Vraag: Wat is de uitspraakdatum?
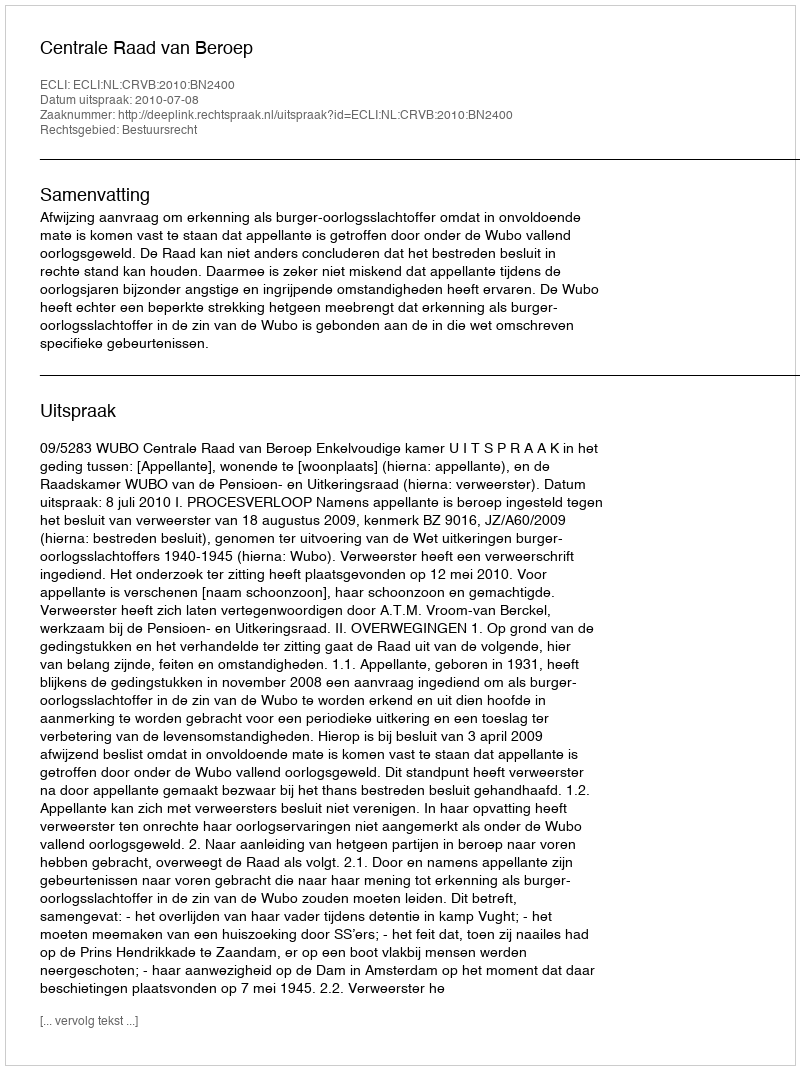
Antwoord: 2010-07-08